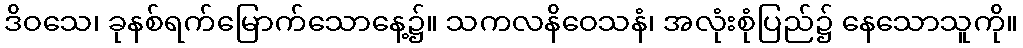
ဒိဝသေ၊ ခုနစ်ရက်မြောက်သောနေ့၌။ သကလနိဝေသနံ၊ အလုံးစုံပြည်၌ နေသောသူကို။